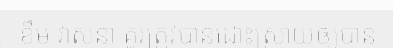
ខឹម វាសនា គួរត្រូវបានដោះស្រាយឲ្យបាន